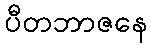
ပီတဘာဇနေ